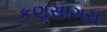
કણસાગરા